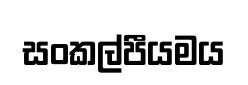
සංකල්පීයමය